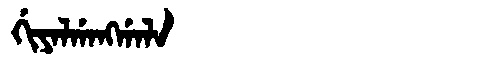
Manchu: ᡤᡳᠶᠠᠯᡤᠠᠩᡤᠠᠯᠠ
Romanization: GIYALGANGGALA